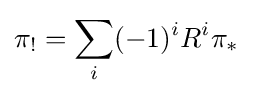
\pi _{!}=\sum _{i}(-1)^{i}R^{i}\pi _{*}